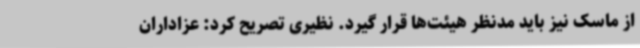
از ماسک نیز باید مدنظر هیئت‌ها قرار گیرد. نظیری تصریح کرد: عزاداران